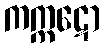
ကက္ကဋော